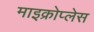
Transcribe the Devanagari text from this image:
माइक्रोप्लेस